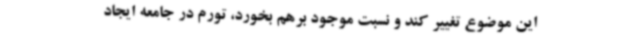
این موضوع تغییر کند و نسبت موجود برهم بخورد، تورم در جامعه ایجاد